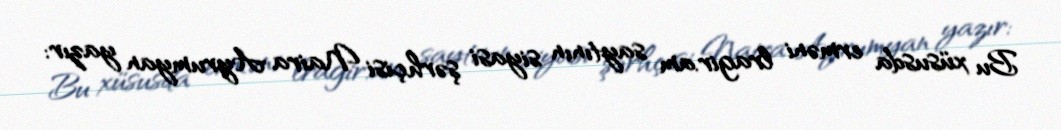
Bu xüsusda erməni lragir.am saytının siyasi şərhçisi Naira Ayrumyan yazır: